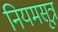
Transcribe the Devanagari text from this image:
नियमसूत्र